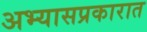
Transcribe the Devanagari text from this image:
अभ्यासप्रकारात